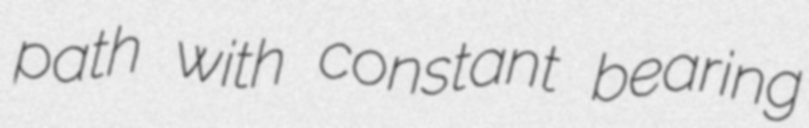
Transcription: path with constant bearing